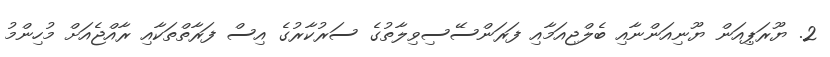
2. ޔޫރަޕިއަން ޔޫނިއަންނާއި ބެލްޖިއަމާއި ފަރަންސޭސިވިލާތުގެ ސަރުކާރުގެ އިސް ފަރާތްތަކާއި ރާއްޖެއަށް މުހިންމު